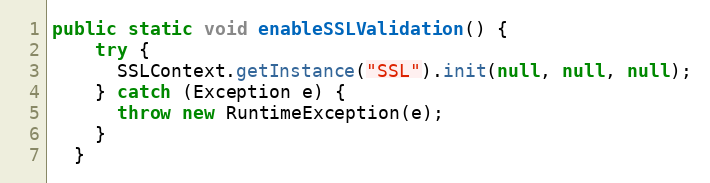
Language: Java
public static void enableSSLValidation() {
    try {
      SSLContext.getInstance("SSL").init(null, null, null);
    } catch (Exception e) {
      throw new RuntimeException(e);
    }
  }